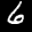
Label: 6